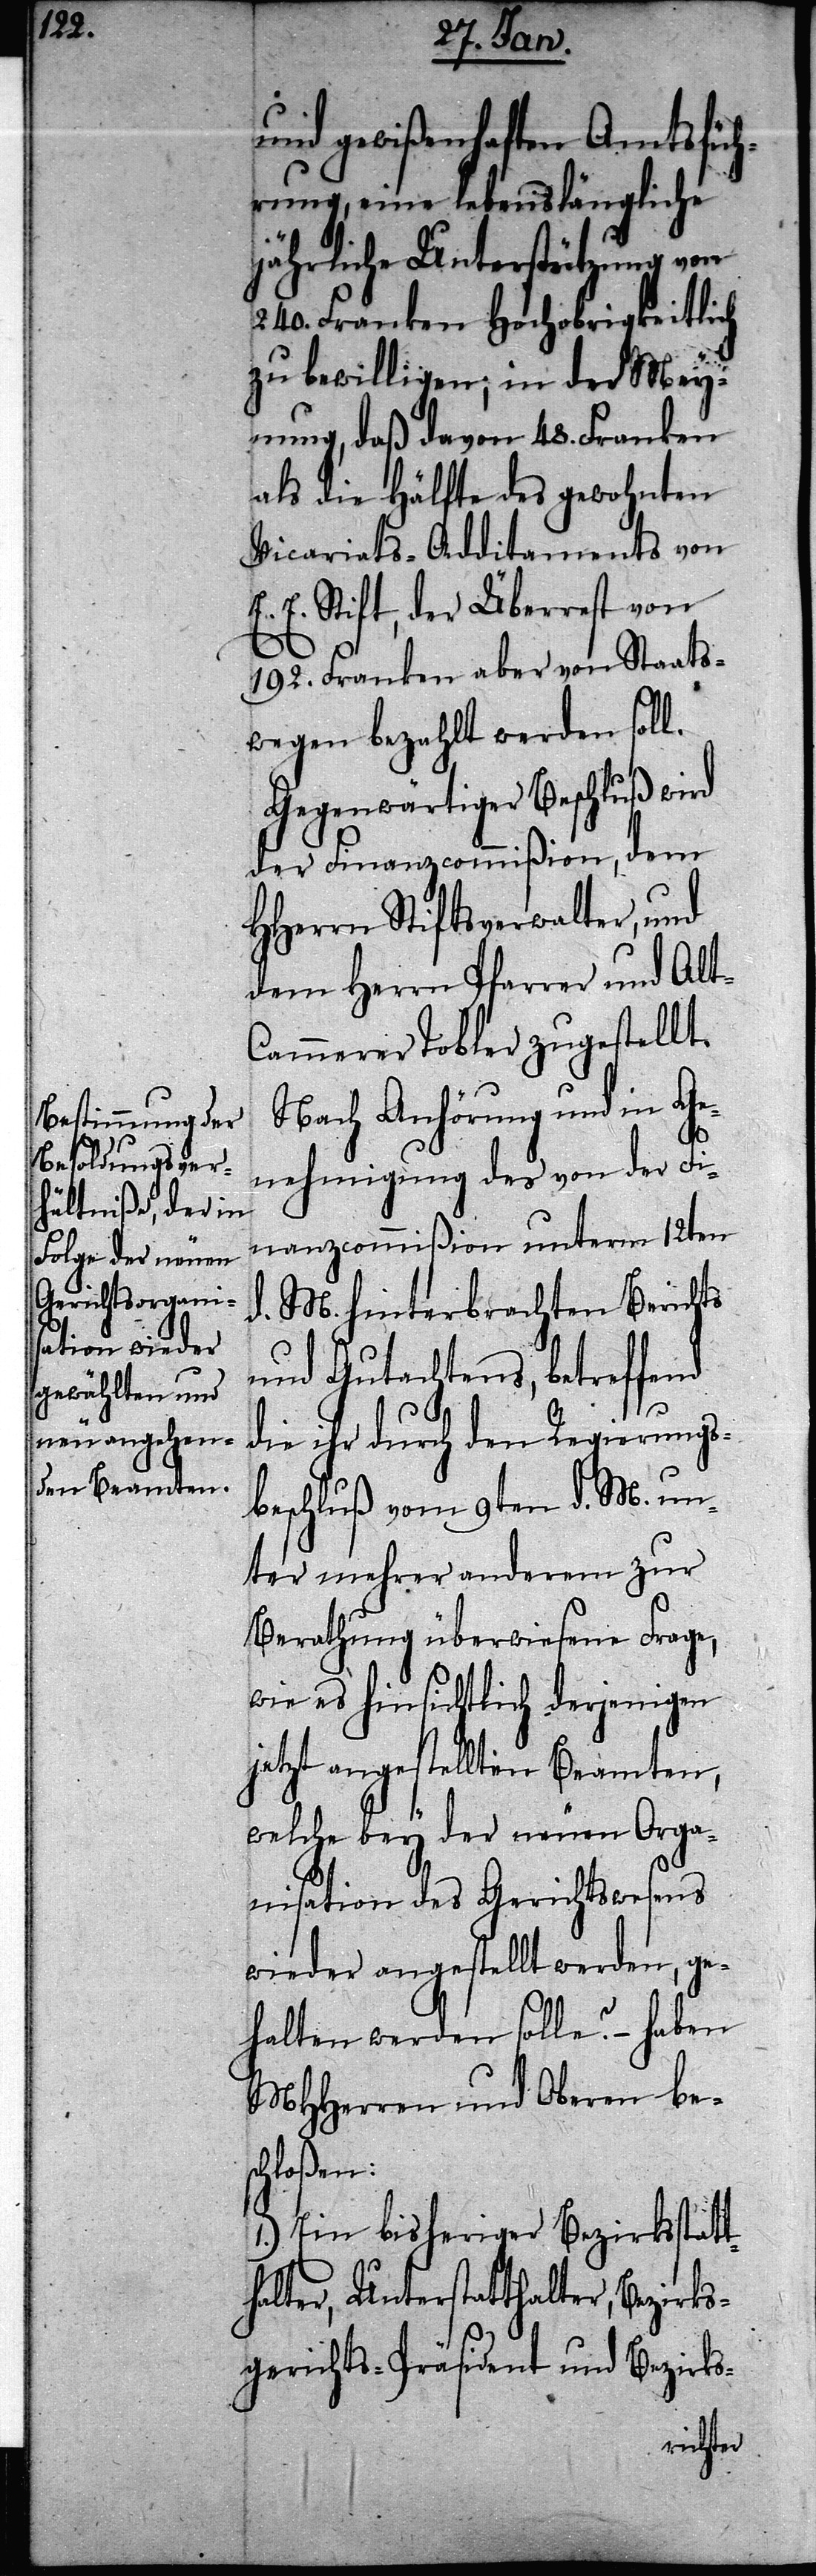
und gewißenhaften Amtsfüh¬
rung, eine lebenslängliche
jährliche Unterstützung von
240. Franken Hochobrigkeitlich
zu bewilligen; in der Mey¬
nung, daß davon 48. Franken
als die Hälfte des gewohnten
Vicariats-Additaments von
E. Stift, der Überrest von
192. Franken aber von Staats¬
wegen bezahlt werden soll.
Gegenwärtiger Beschluß wird
der Finanzcommißion, dem
HHerrn Stiftsverwalter, und
dem Herrn Pfarrer und Alt-C¬
ammerer Tobler zugestellt.
Nach Anhörung und in Ge¬
nehmigung des von der Fi¬
nanzcommißion unterm 12ten
d. M. hinterbrachten Berichts
und Gutachtens, betreffend
die ihr durch den Regierungs¬
beschluß vom 9ten d. M. un¬
ter mehrer anderem zur
Berathung überwiesene Frage,
wie es hinsichtlich derjenigen
jetzt angestellten Beamten,
welche bey der neuen Orga¬
nisation des Gerichtswesens
wieder angestellt werden, ge¬
halten werden solle? – Haben
MHHerren und Oberen bes¬
chloßen:
1) Ein bisheriger Bezirksstatt¬
halter, Unterstatthalter, Bezirks¬
gerichts-Präsident und Bezirks-